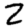
Digit: 2